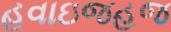
હવાઇજહજ